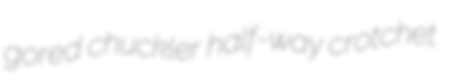
gored chuckler half-way crotchet